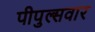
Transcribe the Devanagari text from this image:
पीपुल्सवार